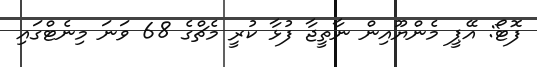
ފޮޓޯ: އޭޕީ މެންޔޫއިން ނާތީޖާ ފުޅާ ކުރީ މެޗްގެ 68 ވަނަ މިނެޓްގައި